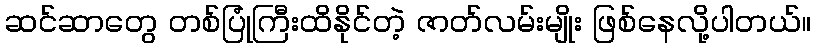
ဆင်ဆာတွေ တစ်ပြုံကြီးထိနိုင်တဲ့ ဇာတ်လမ်းမျိုး ဖြစ်နေလို့ပါတယ်။